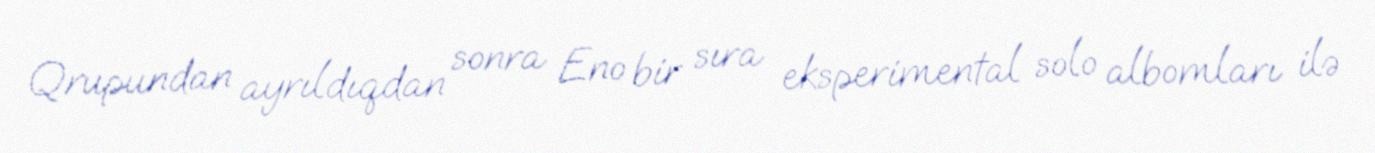
Qrupundan ayrıldıqdan sonra Eno bir sıra eksperimental solo albomları ilə